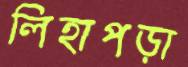
লিহাপড়া